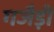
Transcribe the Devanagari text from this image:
गजैड़ी